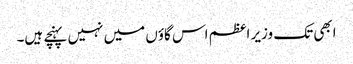
ابھی تک وزیر اعظم اس گاؤں میں نہیں پہنچے ہیں۔